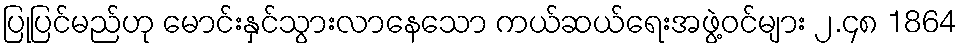
ပြုပြင်မည်ဟု မောင်းနှင်သွားလာနေသော ကယ်ဆယ်ရေးအဖွဲ့ဝင်များ ၂.၄၈ 1864